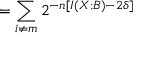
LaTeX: = \sum _ { i \neq m } 2 ^ { - n \left[ I \left( X ; B \right) - 2 \delta \right] }